Sleeping sickness
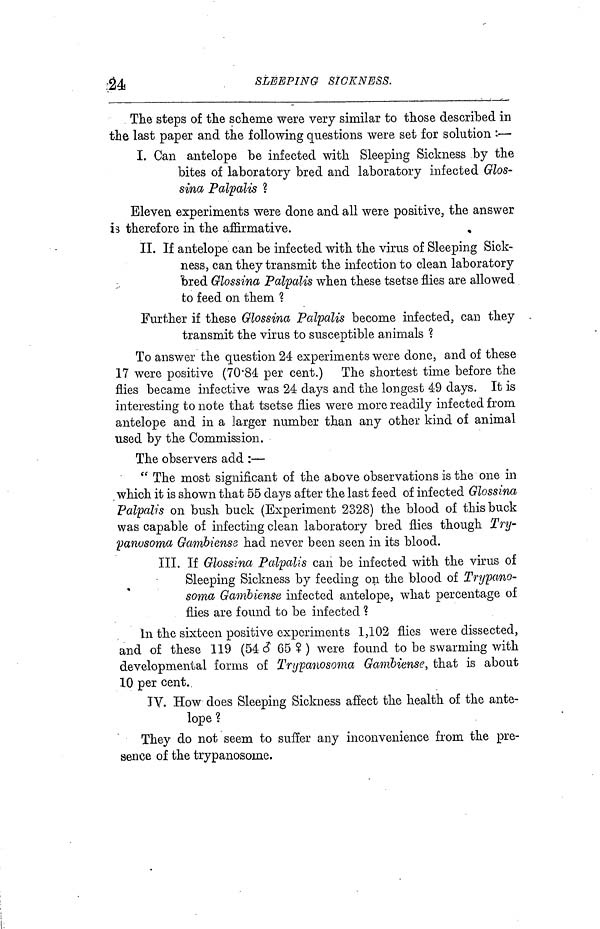
24
SLEEPING SICKNESS.
The steps of the scheme were very similar to those described in
the last paper and the following questions were set for solution :—
I. Can antelope be infected with Sleeping Sickness by the
bites of laboratory bred and laboratory infected Glos-
sina Palpalis ?
Eleven experiments were done and all were positive, the answer
is therefore in the affirmative.
II. If antelope can be infected with the virus of Sleeping Sick-
ness, can they transmit the infection to clean laboratory
bred Glossina Palpalis when these tsetse flies are allowed
to feed on them ?
Further if these Glossina Palpalis become infected, can they
transmit the virus to susceptible animals ?
To answer the question 24 experiments were done, and of these
17 were positive (70·84 per cent.) The shortest time before the
flies became infective was 24 days and the longest 49 days. It is
interesting to note that tsetse flies were more readily infected from
antelope and in a larger number than any other kind of animal
used by the Commission.
The observers add :—
" The most significant of the above observations is the one in
which it is shown that 55 days after the last feed of infected Glossina
Palpalis on bush buck (Experiment 2328) the blood of this buck
was capable of infecting clean laboratory bred flies though Try-
panosoma Gambiense had never been seen in its blood.
III. If Glossina Palpalis can be infected with the virus of
Sleeping Sickness by feeding on the blood of Trypano-
soma Gambiense infected antelope, what percentage of
flies are found to be infected ?
In the sixteen positive experiments 1,102 flies were dissected,
and of these 119 (54 65 ) were found to be swarming with
developmental forms of Trypanosoma Ganibiense, that is about
10 per cent.
IV. How does Sleeping Sickness affect the health of the ante-
lope ?
They do not seem to suffer any inconvenience from the pre-
sence of the trypanosoine.